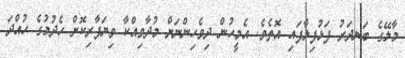
މާލޭގެ ބަނދަރު ފަޅުފިލާފައި އޮތެވެ. އެމީހުން ދިވެހިންނަށް މުދާވިއްކާ ވިޔަފާރިކޮށް ހެދުމުގެ ހުއްދަ